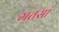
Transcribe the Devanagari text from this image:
मतसां